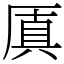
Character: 厧